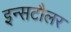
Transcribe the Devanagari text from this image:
इन्सटौलर